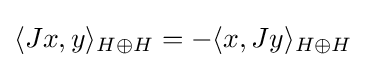
\langle Jx,y\rangle _{H\oplus H}=-\langle x,Jy\rangle _{H\oplus H}